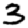
Digit: 3